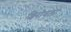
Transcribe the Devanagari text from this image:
शिरोवला